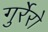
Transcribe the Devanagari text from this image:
गुर्रेरो